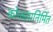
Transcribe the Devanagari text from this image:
कोळसानिर्मित